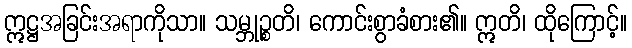
ဣဋ္ဌအခြင်းအရာကိုသာ။ သမ္ဘုဉ္စတိ၊ ကောင်းစွာခံစား၏။ ဣတိ၊ ထိုကြောင့်။